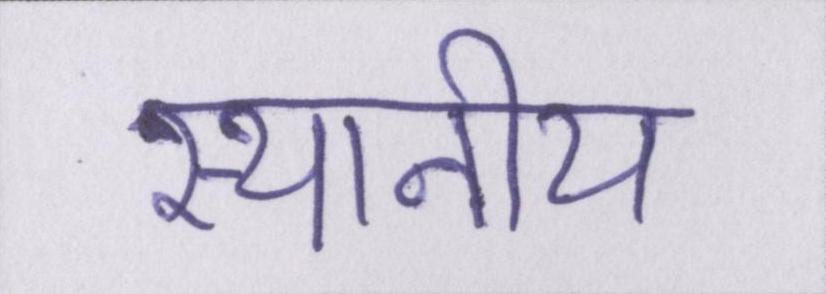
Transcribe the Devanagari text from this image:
स्थानीय